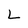
Character: L